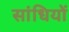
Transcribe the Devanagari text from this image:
सांधियों